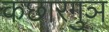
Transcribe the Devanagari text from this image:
कछारगुञ